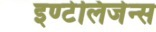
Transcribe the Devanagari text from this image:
इण्टेलिजेन्स